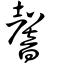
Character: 韾